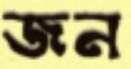
জন